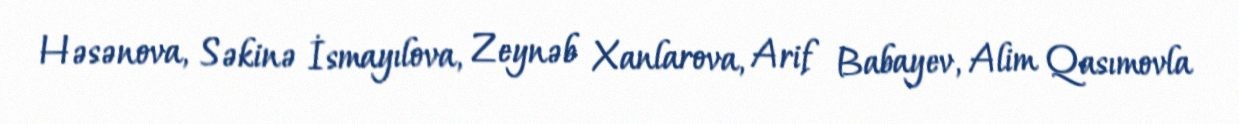
Həsənova, Səkinə İsmayılova, Zeynəb Xanlarova, Arif Babayev, Alim Qasımovla